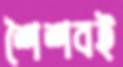
শৈশবই